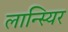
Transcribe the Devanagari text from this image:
लान्स्यिर